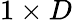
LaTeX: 1\times D